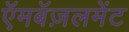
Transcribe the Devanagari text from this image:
ऍमबॅज़लमेंट